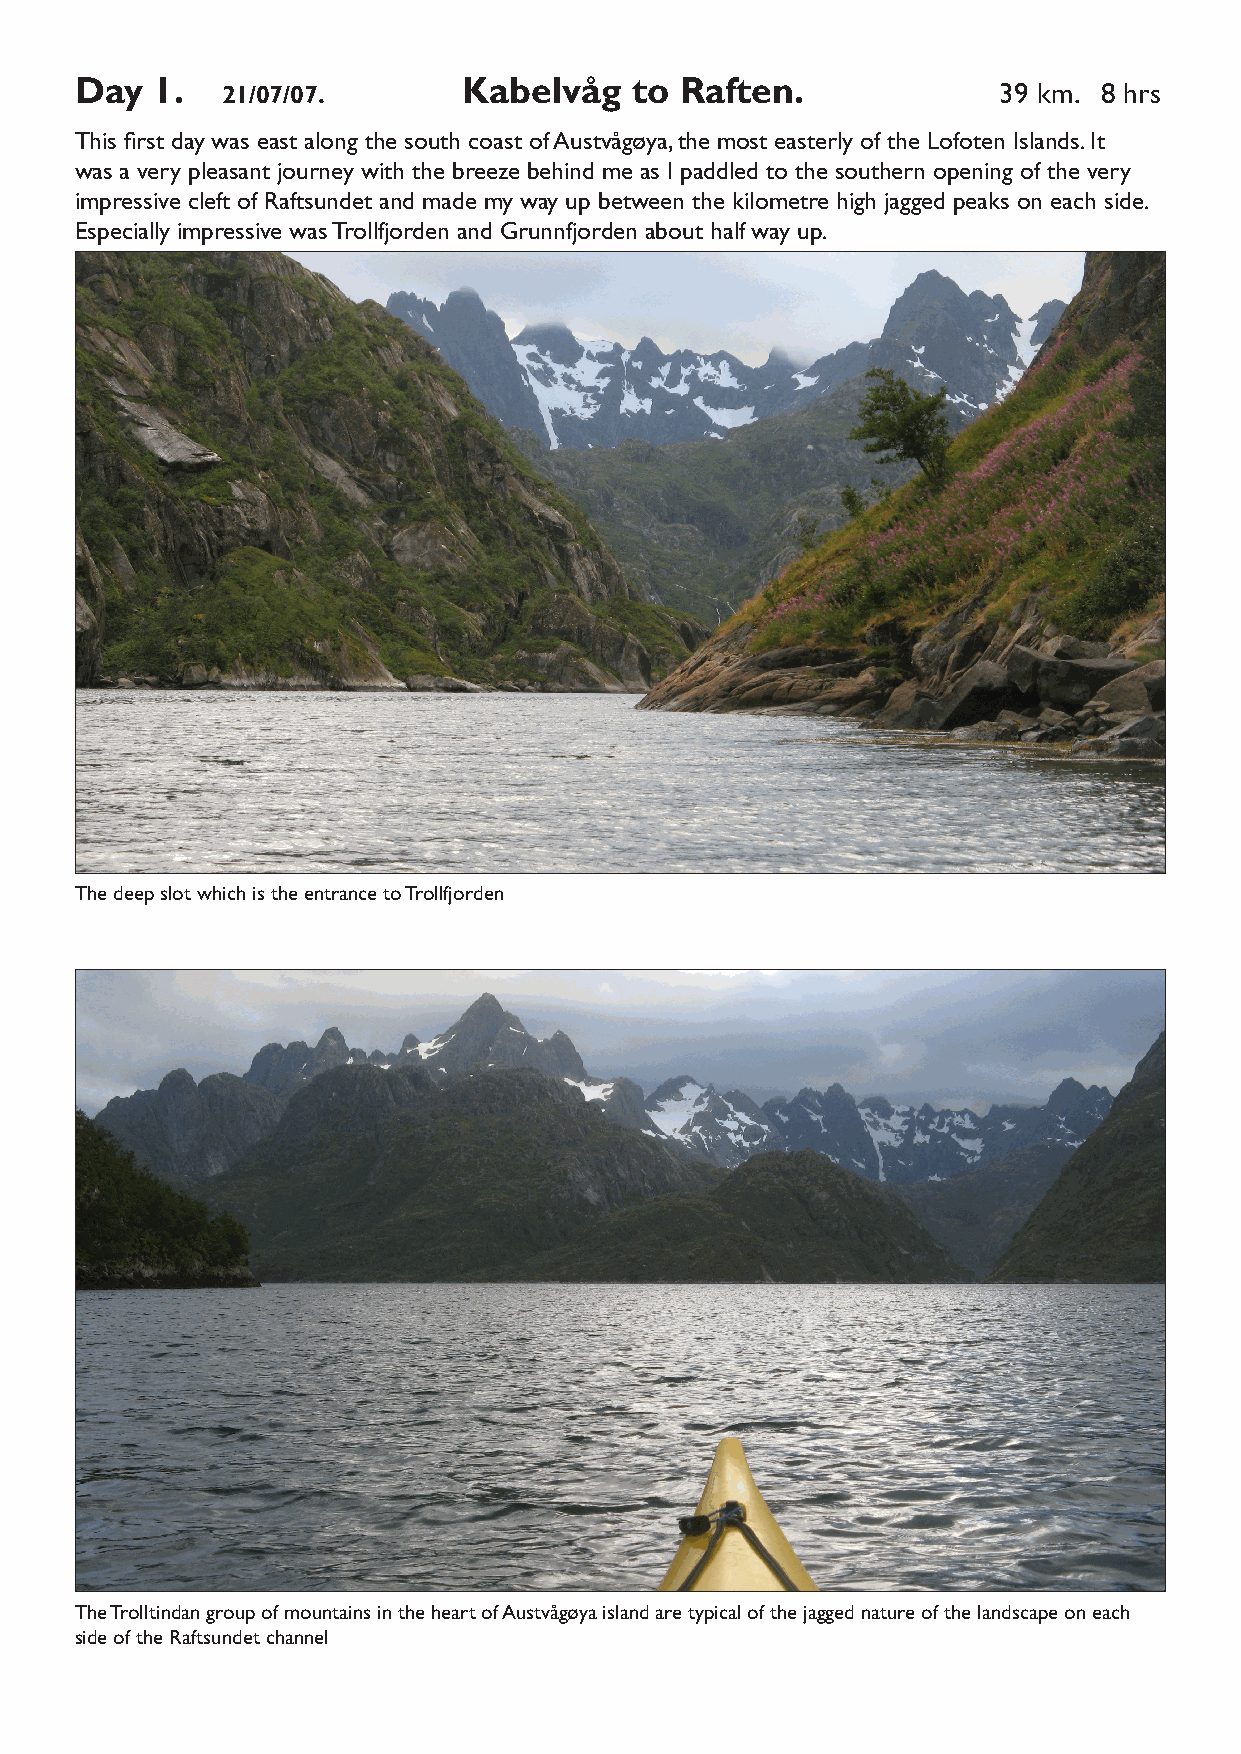
Day  1.   21/07/07.       Kabelvåg   to Raften.              39 km. 8 hrs
 This first day was east along the south coast of Austvågøya, the most easterly of the Lofoten Islands. It
 was a very pleasant journey with the breeze behind me as I paddled to the southern opening of the very
 impressive cleft of Raftsundet and made my way up between the kilometre high jagged peaks on each side.
 Especially impressive was Trollfjorden and Grunnfjorden about half way up.
 The deep slot which is the entrance to Trollfjorden
 The Trolltindan group of mountains in the heart of Austvågøya island are typical of the jagged nature of the landscape on each
 side of the Raftsundet channel